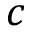
c